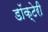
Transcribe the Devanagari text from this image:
डॉक्टेरी